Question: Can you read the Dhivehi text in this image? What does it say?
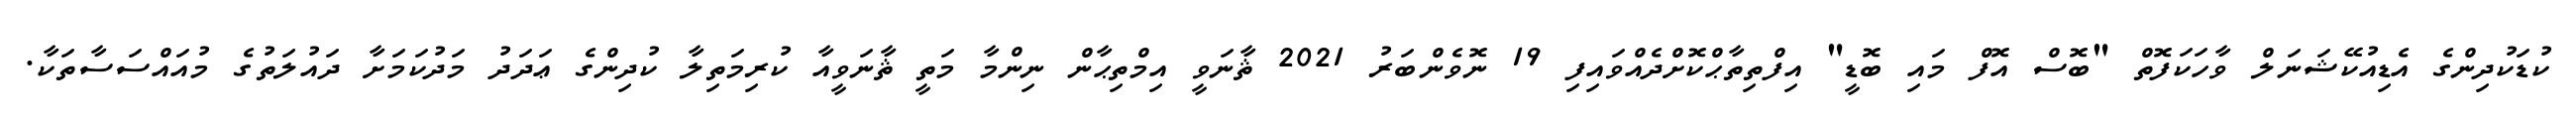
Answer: ކުޑަކުދިންގެ އެޑިއުކޭޝަނަލް ވާހަކަފޮތް "ބޮސް އޮފް މައި ބޮޑީ" އިފްތިތާޙްކޮށްދެއްވައިފި 19 ނޮވެންބަރު 2021 ޘާނަވީ އިމްތިޙާން ނިންމާ މަތީ ޘާނަވީއާ ކުރިމަތިލާ ކުދިންގެ ޢަދަދު މަދުކަމަށާ ދައުލަތުގެ މުއައްސަސާތަކާ.